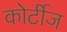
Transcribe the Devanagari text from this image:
कोर्टीज